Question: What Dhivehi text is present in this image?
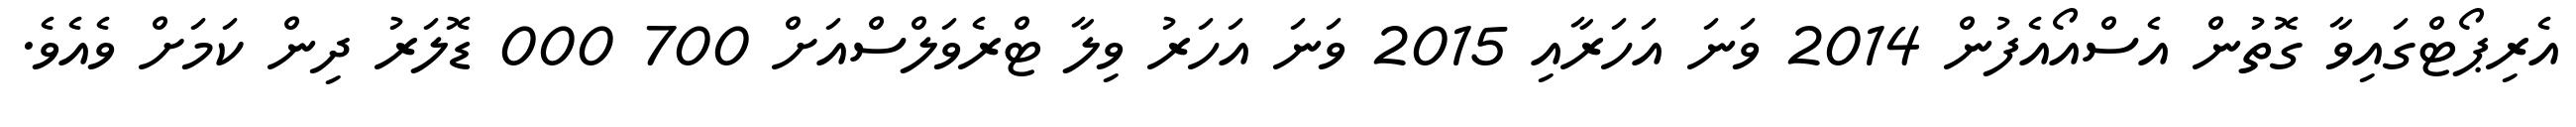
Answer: އެރިޕޯޓްގައިވާ ގޮތުން އެސްއޯއެފުން 2014 ވަނަ އަހަރާއި 2015 ވަނަ އަހަރު ވިލާ ޓްރެވަލްސްއަށް 700 000 ޑޮލަރު ދިން ކަމަށް ވެއެވެ.